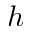
h